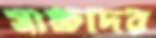
সাক্ষদের